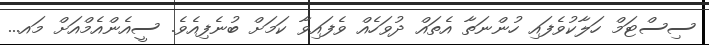
ސިސްޓަމް ހަލާކުވެފައި ހުންނަތާ އެތައް ދުވަހެއް ވެފައިވާ ކަމަށް ބުނެފިއެވެ. ސީއެންއެމްއަށް މައ...